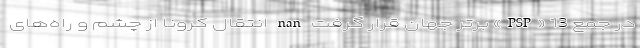
در جمع 13 «PSP» برتر جهان قرار گرفت nan انتقال کرونا از چشم و راه‌های